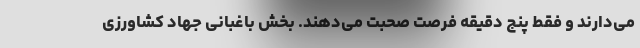
می‌دارند و فقط پنج دقیقه فرصت صحبت می‌دهند. بخش باغبانی جهاد کشاورزی